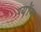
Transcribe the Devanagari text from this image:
ग्योंग